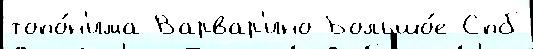
топо́н'има Варвар'ино Большо́е Спб